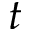
t